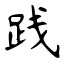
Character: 践